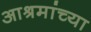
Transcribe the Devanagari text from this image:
आश्रमांच्या